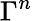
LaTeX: \Gamma^{n}